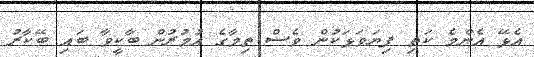
އެޅޭ އެންމެ ކަތި ފިޔަވަޅަކުން ވެސް ތިމާގެ އުމުރުން ބާކީވާ ބައި ބޭކާރު